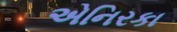
એનિરકા